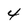
Character: 4